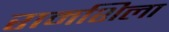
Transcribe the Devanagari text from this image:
रामशिला